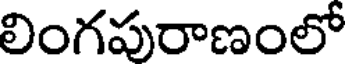
లింగపురాణంలో